Subject: cs
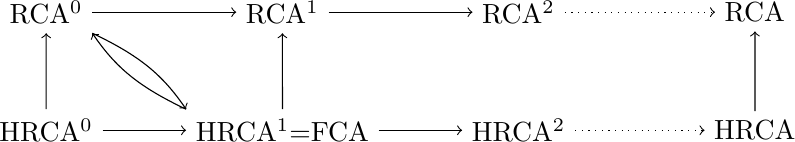
LaTeX code:
\begin{tikzpicture}[xscale=1.5]
    \draw (6,.5) node (rca0) {RCA$^0$};

    \draw (6,-1) node (hrca0) {HRCA$^0$};
    \draw [->] (hrca0) -- (rca0);

    \draw (8,.5) node (rca1) {RCA$^1$};
    \draw [->] (rca0) -- (rca1);
    \draw (8,-1) node (fca) {HRCA$^1$=FCA};
    \draw [->] (fca) -- (rca1);

    \draw [->] (hrca0) -- (fca);
    \draw (fca.north west) edge[bend left=15,->] (rca0.south east);
    \draw (rca0.south east) edge[bend left=15,->] (fca.north west);

    \draw (10,.5) node (rca2) {RCA$^2$};
    \draw [->] (rca1) -- (rca2);
    \draw (10,-1) node (hrca2) {HRCA$^2$};
    \draw [->] (fca) -- (hrca2);

    \draw (12,.5) node (rca) {RCA};
    \draw (12,-1) node (hrca) {HRCA};
    \draw [->] (hrca) -- (rca);
    \draw [->,dotted] (hrca2) -- (hrca);
    \draw [->,dotted] (rca2) -- (rca);

\end{tikzpicture}